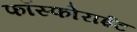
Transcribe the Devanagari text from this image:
फॉस्फोराईट